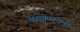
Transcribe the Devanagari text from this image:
मेक्सीक्नाइज़ड